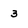
Character: 3